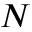
N